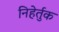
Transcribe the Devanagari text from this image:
निहेर्तुक